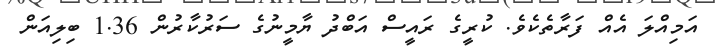
އަމިއްލަ އެއް ފަރާތެކެވެ. ކުރީގެ ރައީސް އަބްދު ޔާމީނުގެ ސަރުކާރުން 1.36 ބިލިއަން